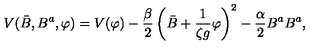
V ( \bar { B } , B ^ { a } , \varphi ) = V ( \varphi ) - \frac { \beta } { 2 } \left( \bar { B } + { \frac { 1 } { \zeta g } } \varphi \right) ^ { 2 } - \frac { \alpha } { 2 } B ^ { a } B ^ { a } ,